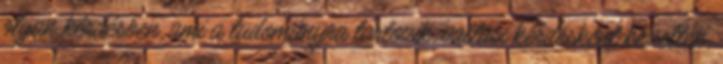
olyan kérdésben, ami a tudományra tartozik, vallási kérdésként kezeltek,